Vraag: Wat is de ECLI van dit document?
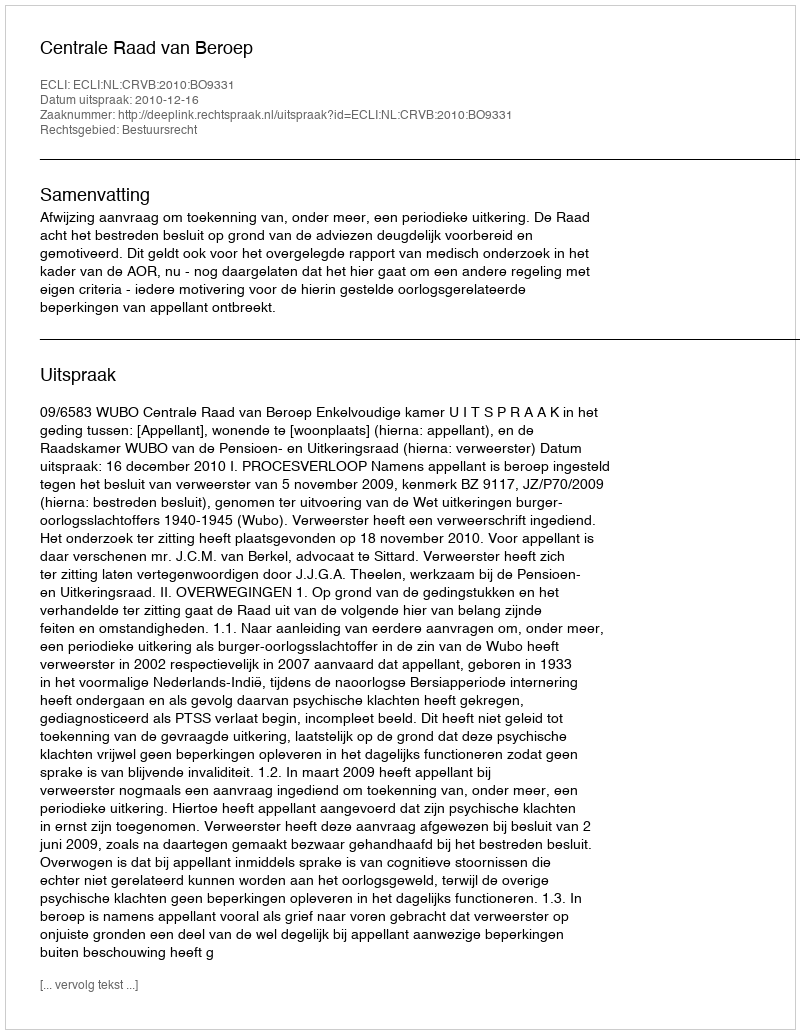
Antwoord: ECLI:NL:CRVB:2010:BO9331